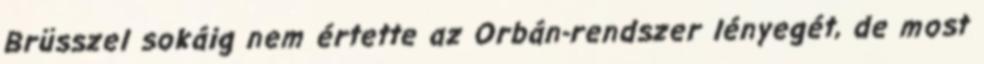
Brüsszel sokáig nem értette az Orbán-rendszer lényegét, de most